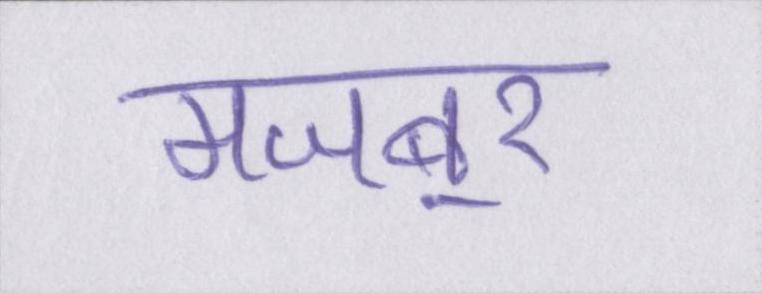
मजबूर